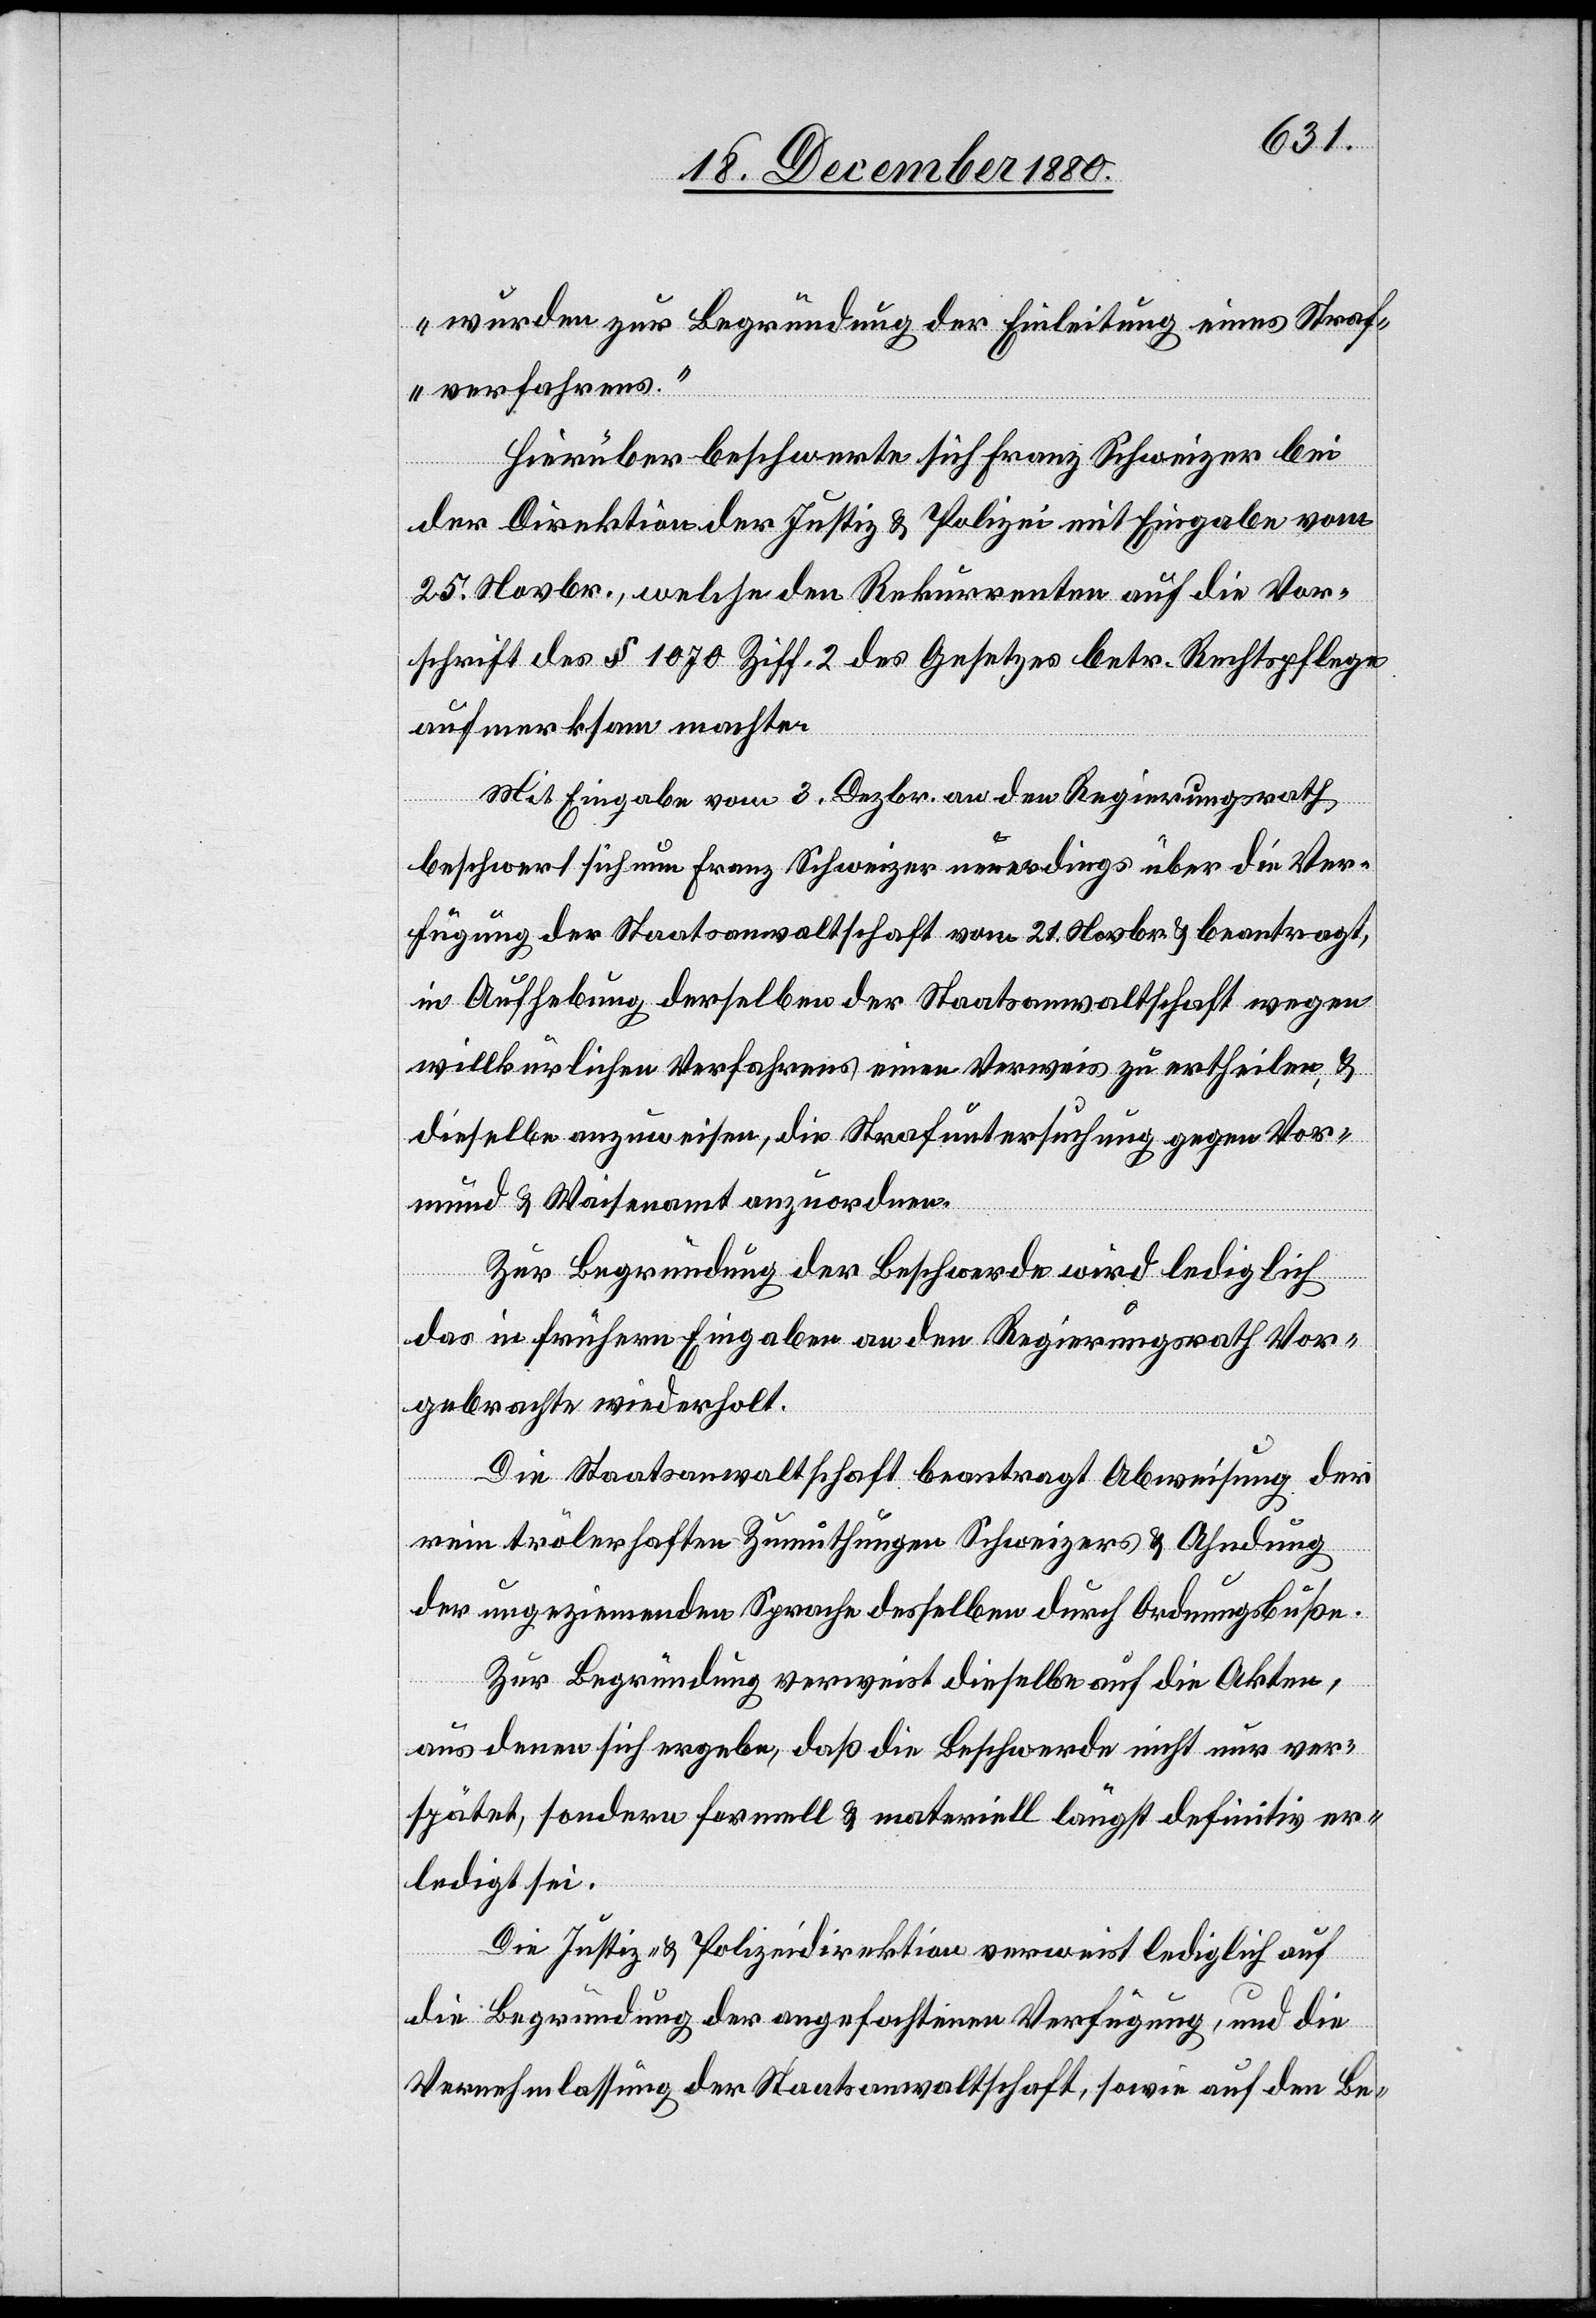
wurden zur Begründung der Einleitung eines Straf¬
verfahrens.“
Hierüber beschwerte sich Franz Schweizer bei
der Direktion der Justiz & Polizei mit Eingabe vom
25. Novbr., welche den Rekurrenten auf die Vor¬
schrift des § 1070 Ziff. 2 des Gesetzes betr. Rechtspflege
aufmerksam machte.
Mit Eingabe vom 3. Dezbr. an den Regierungsrath
beschwert sich nun Franz Schweizer neuerdings über die Ver¬
fügung der Staatsanwaltschaft vom 21. Novbr. & beantragt,
in Aufhebung derselben der Staatsanwaltschaft wegen
willkürlichen Verfahrens einen Verweis zu ertheilen, &
dieselbe anzuweisen, die Strafuntersuchung gegen Vor¬
mund & Waisenamt anzuordnen.
Zur Begründung der Beschwerde wird lediglich
das in frühern Eingaben an den Regierungsrath Vor¬
gebrachte wiederholt.
Die Staatsanwaltschaft beantragt Abweisung der
rein trölerhaften Zumuthungen Schweizers & Ahndung
der ungeziemenden Sprache desselben durch Ordnungsbuße.
Zur Begründung verweist dieselbe auf die Akten
aus denen sich ergebe, daß die Beschwerde nicht nur ver¬
spätet, sondern formell & materiell längst definitiv er¬
ledigt sei.
Die Justiz- &Polizeidirektion verweist lediglich auf
die Begründung der angefochtenen Verfügung, und die
Vernehmlassung der Staatsanwaltschaft, sowie auf den Be-